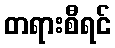
တရားစီရင်